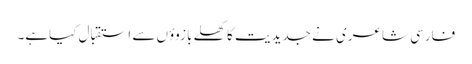
فارسی شاعری نے جدیدیت کا کھلے بازوؤں سے استقبال کیاہے۔